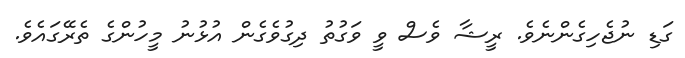
ގަޑި ނުޖެހިގެންނެވެ. ރީޝާ ވެސް ވީ ވަގުތު ދިގުވެގެން އުޅުނު މީހުންގެ ތެރޭގައެވެ.